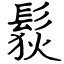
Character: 䯼